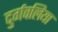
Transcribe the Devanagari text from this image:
दुर्गवलिया